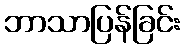
ဘာသာပြန်ခြင်း